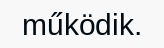
működik.